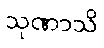
သုဏာသိ